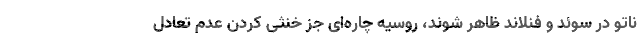
ناتو در سوئد و فنلاند ظاهر شوند، روسیه چاره‌ای جز خنثی کردن عدم تعادل